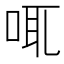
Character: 𠲷